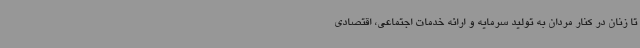
تا زنان در کنار مردان به تولید سرمایه و ارائه خدمات اجتماعی، اقتصادی